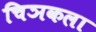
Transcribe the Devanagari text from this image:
चिञकला